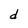
Character: d